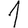
Digit: 1